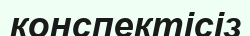
конспектісіз